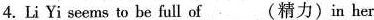
4.Li Yi seems to be full of___(精力)in her